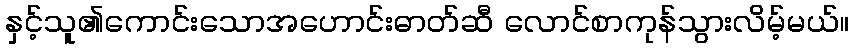
နှင့်သူ၏ကောင်းသောအဟောင်းဓာတ်ဆီ လောင်စာကုန်သွားလိမ့်မယ်။